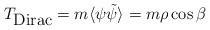
LaTeX: \begin{align*}T_{\mbox{Dirac}} = m \langle \psi \tilde{\psi} \rangle = m \rho \cos\beta\end{align*}